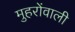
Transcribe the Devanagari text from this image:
मुहरोंवाली